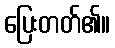
ပြေးတတ်၏။